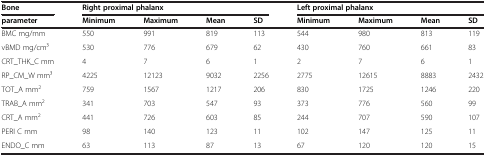
<table><thead><tr><td><b>Bone</b></td><td colspan="4"><b>Right proximal phalanx</b></td><td colspan="4"><b>Left proximal phalanx</b></td></tr><tr><td><b>parameter</b></td><td><b>Minimum</b></td><td><b>Maximum</b></td><td><b>Mean</b></td><td><b>SD</b></td><td><b>Minimum</b></td><td><b>Maximum</b></td><td><b>Mean</b></td><td><b>SD</b></td></tr></thead><tbody><tr><td>BMC mg/mm</td><td>550</td><td>991</td><td>819</td><td>113</td><td>544</td><td>980</td><td>813</td><td>119</td></tr><tr><td>vBMD mg/cm3</td><td>530</td><td>776</td><td>679</td><td>62</td><td>430</td><td>760</td><td>661</td><td>83</td></tr><tr><td>CRT_THK_C mm</td><td>4</td><td>7</td><td>6</td><td>1</td><td>2</td><td>7</td><td>6</td><td>1</td></tr><tr><td>RP_CM_W mm3</td><td>4225</td><td>12123</td><td>9032</td><td>2256</td><td>2775</td><td>12615</td><td>8883</td><td>2432</td></tr><tr><td>TOT_A mm<sup>2</sup></td><td>759</td><td>1567</td><td>1217</td><td>206</td><td>830</td><td>1725</td><td>1246</td><td>220</td></tr><tr><td>TRAB_A mm<sup>2</sup></td><td>341</td><td>703</td><td>547</td><td>93</td><td>373</td><td>776</td><td>560</td><td>99</td></tr><tr><td>CRT_A mm<sup>2</sup></td><td>441</td><td>726</td><td>603</td><td>85</td><td>244</td><td>707</td><td>590</td><td>107</td></tr><tr><td>PERI C mm</td><td>98</td><td>140</td><td>123</td><td>11</td><td>102</td><td>147</td><td>125</td><td>11</td></tr><tr><td>ENDO_C mm</td><td>63</td><td>113</td><td>87</td><td>13</td><td>67</td><td>120</td><td>120</td><td>15</td></tr></tbody></table>